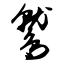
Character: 鹫